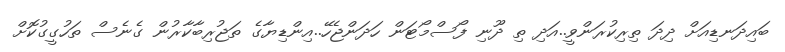
ބައިދަނޑިއަށް ދިދަ ތިރިކުރަންވީ..އަދި ތި ދޫނި ފޯސްމޯޓަން ހަދަންޖެހޭ..އިންޑިޔާގެ ތަޖުރިބާކާރުން ގެނެސް ތަހުގީގުކޮށް